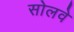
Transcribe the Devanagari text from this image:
सोलवे